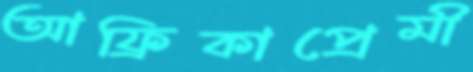
আফ্রিকাপ্রেমী